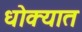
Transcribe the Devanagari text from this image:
धोक्‍यात